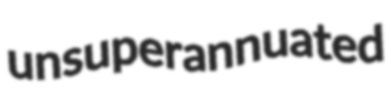
unsuperannuated